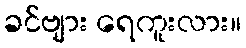
ခင်ဗျား ရေကူးလား။